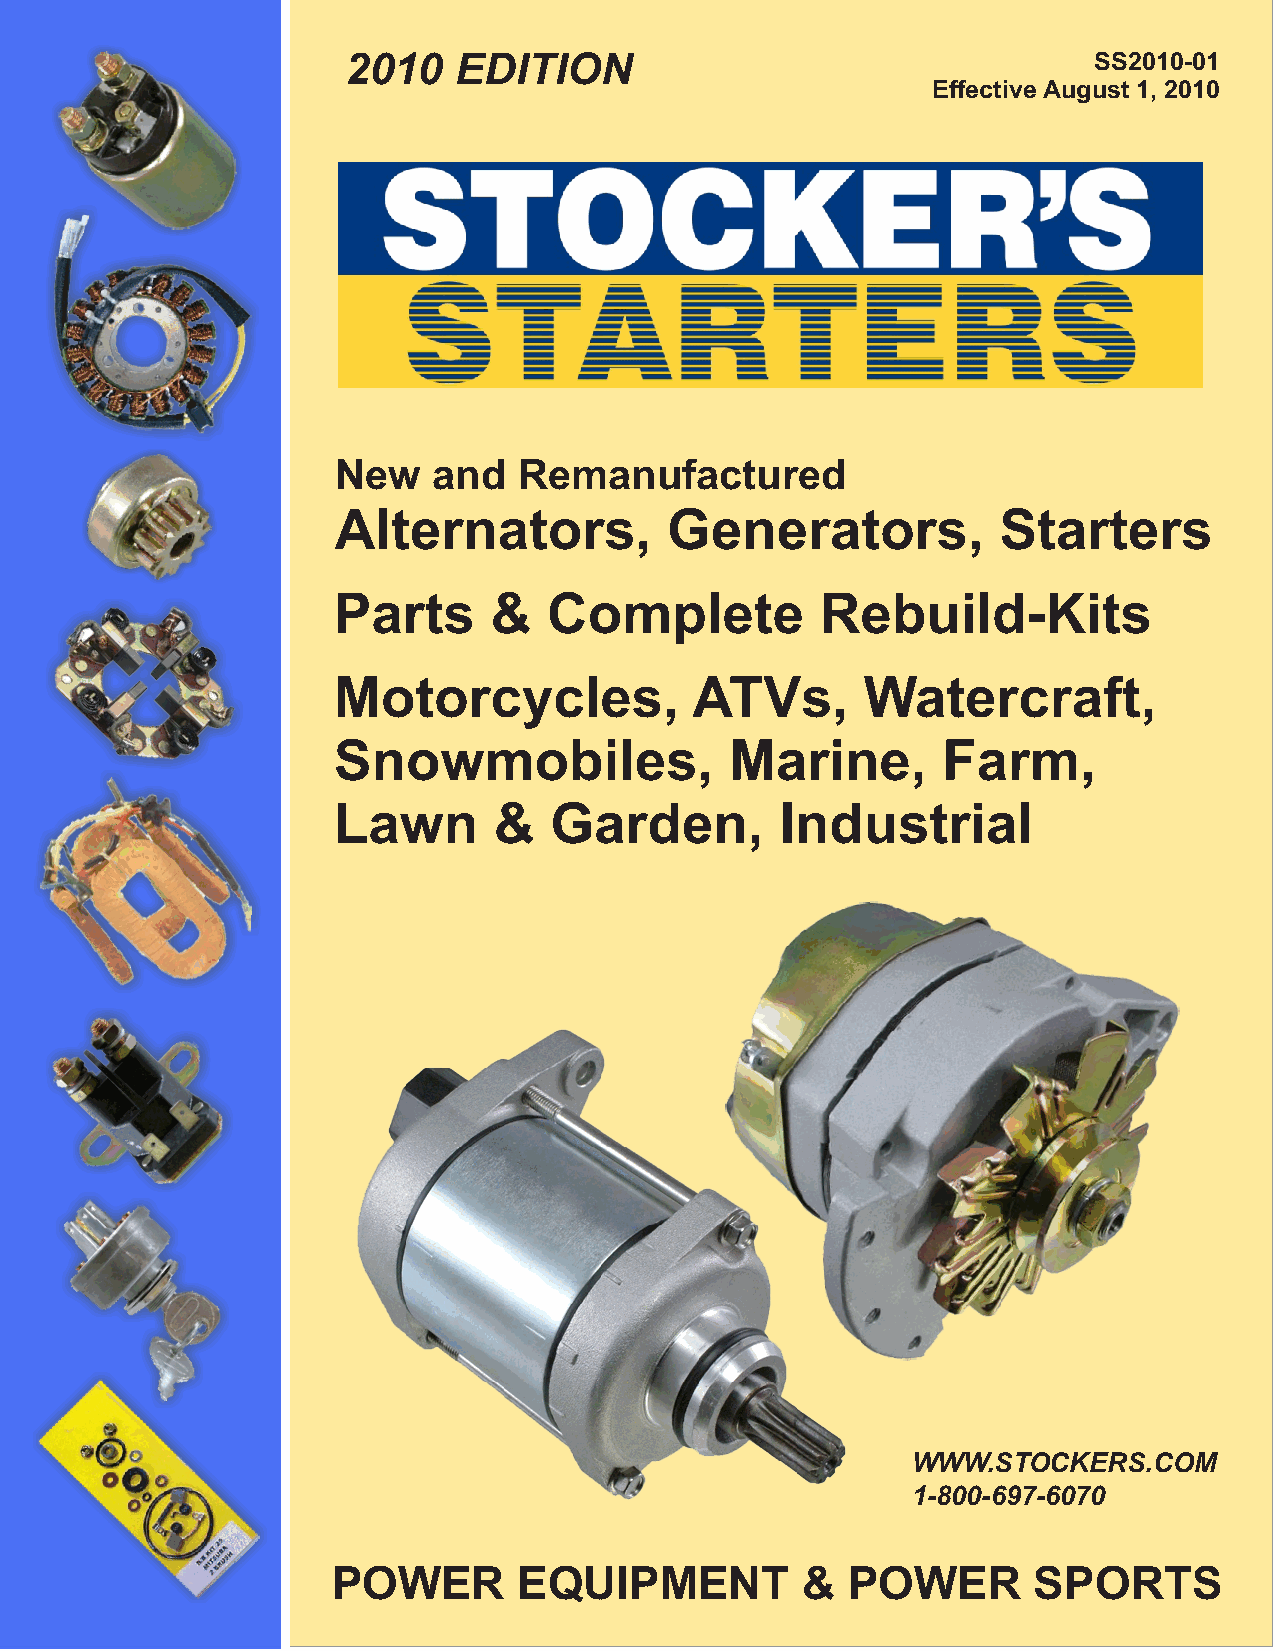
2010   EDITION                                   SS2010-01
 Effective August 1, 2010
 New    and  Remanufactured
 Alternators,          Generators,           Starters
 Parts     &   Complete          Rebuild-Kits
 Motorcycles,            ATVs,      Watercraft,
 Snowmobiles,              Marine,       Farm,
 Lawn       &  Garden,         Industrial
 WWW.STOCKERS.COM
 1-800-697-6070
 POWER       EQUIPMENT          &  POWER       SPORTS